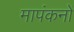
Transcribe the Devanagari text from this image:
मापंकनों